Lunatic asylums United Provinces 1909-1921 - 1909-1921
Year: 1909
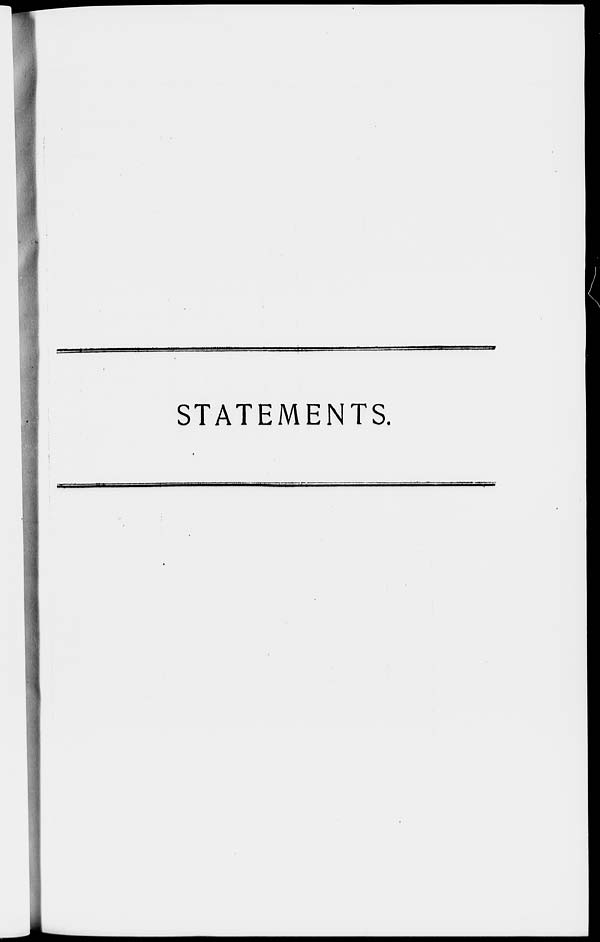
STATEMENTS.